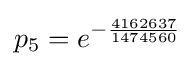
p_{5}=e^{-{\frac {4162637}{1474560}}}